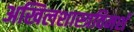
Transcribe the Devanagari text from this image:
अखिलशास्त्रविमर्श